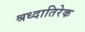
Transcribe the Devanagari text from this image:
श्रध्दातिरेक